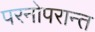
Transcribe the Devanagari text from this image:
परनोपरान्त